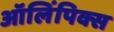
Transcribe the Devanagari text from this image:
ऑलिंपिक्स